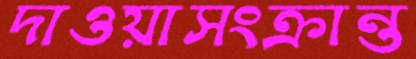
দাওয়াসংক্রান্ত